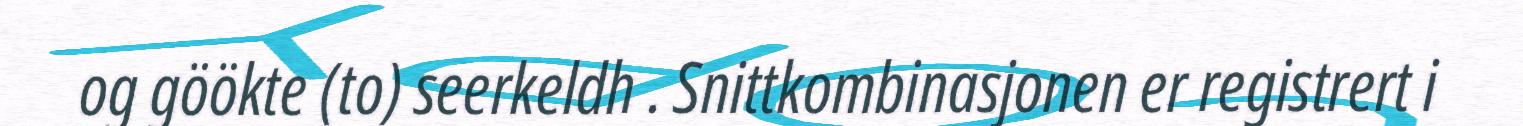
og göökte (to) seerkeldh . Snittkombinasjonen er registrert i